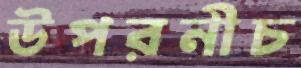
উপরনীচ